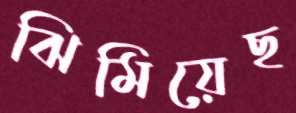
ঝিমিয়েছ